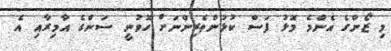
މި ޒޯންގެ އެންމެ މޮޅު ފަސް ކުޅުންތެރިންނަށް ހޮވުނީ ސަންގެ އާމިރާއި އެ